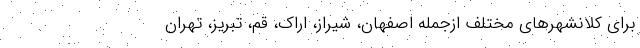
برای کلانشهرهای مختلف ازجمله اصفهان، شیراز، اراک، قم، تبریز، تهران